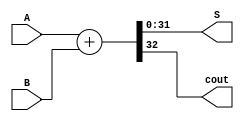
module somador
	#(
		parameter N = 32
	)
	(
		input wire [N-1:0] A, B,
		output reg [N-1:0] S,
		output reg cout
	);
	
	always@*
	begin
		{cout,S} = A + B;
	end
	
	
endmodule